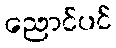
ညောင်ပင်